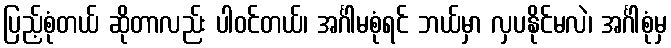
ပြည့်စုံတယ် ဆိုတာလည်း ပါဝင်တယ်၊ အင်္ဂါမစုံရင် ဘယ်မှာ လှပနိုင်မလဲ၊ အင်္ဂါစုံမှ